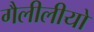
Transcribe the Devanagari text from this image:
गैलीलीयो